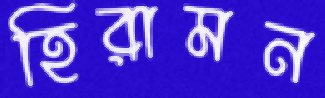
হিরামন